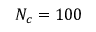
N _ { c } = 1 0 0